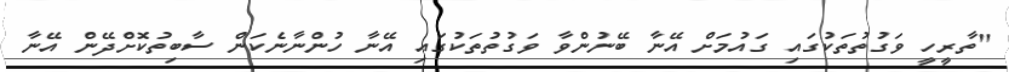
"ތާރީހީ ވަގުތުތަކުގައި ގައުމަށް އޭނާ ބޭނުންވާ ވަގުތުތަކުގައި އޭނާ ހުންނާނެކަން ސާބިތުކޮށްދޭން އޭނާ